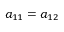
a _ { 1 1 } = a _ { 1 2 }